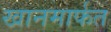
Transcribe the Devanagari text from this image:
खानमार्फत